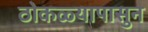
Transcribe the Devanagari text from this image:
ठोकळ्यापासुन